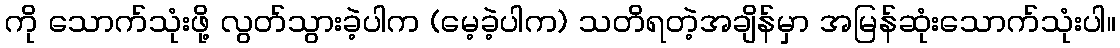
ကို သောက်သုံးဖို့ လွတ်သွားခဲ့ပါက (မေ့ခဲ့ပါက) သတိရတဲ့အချိန်မှာ အမြန်ဆုံးသောက်သုံးပါ။